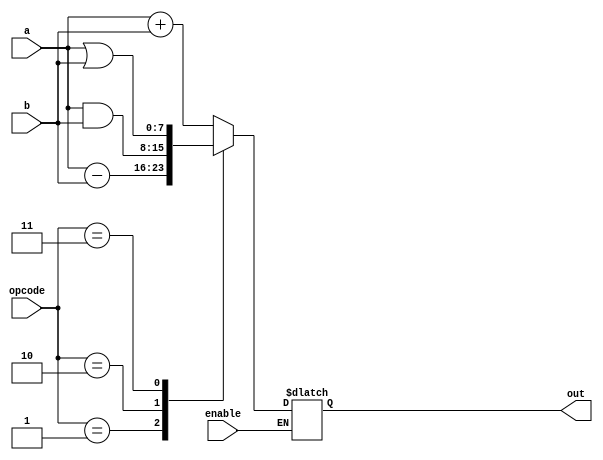
module ALU (
    input  [7:0] a,
    input  [7:0] b,
    input  [1:0] opcode,
	 input  enable,
    output reg [7:0] out
);

always @(*) begin
    if(enable) begin
		case (opcode)
        2'b00: out <= a + b; // ADD
        2'b01: out <= a - b; // SUB
        2'b10: out <= a & b; // AND
        2'b11: out <= a | b; // OR
        default: out <= 0;
		endcase
	 end
end
endmodule